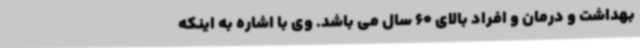
بهداشت و درمان و افراد بالای 60 سال می باشد. وی با اشاره به اینکه